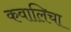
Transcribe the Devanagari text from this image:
कवालिचा